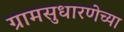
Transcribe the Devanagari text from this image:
ग्रामसुधारणेच्या